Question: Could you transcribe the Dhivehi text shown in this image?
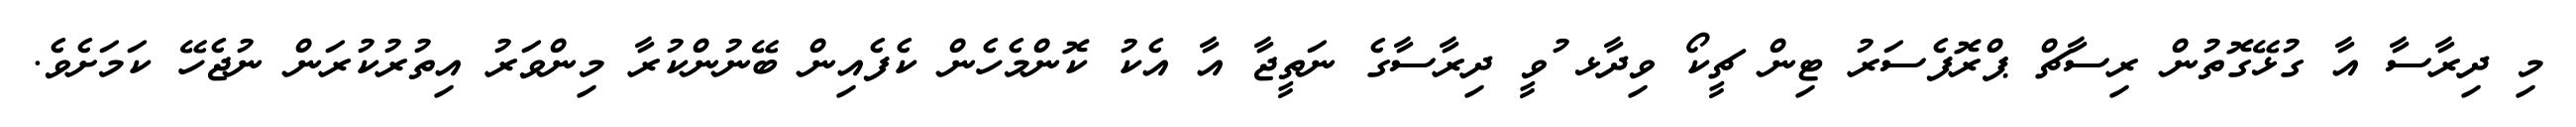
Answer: މި ދިރާސާ އާ ގުޅޭގޮތުން ރިސާޗް ޕްރޮފެސަރު ޓިން ޗީކޯ ވިދާޅ ުވީ ދިރާސާގެ ނަތީޖާ އާ އެކު ކޮންމެހެން ކެފެއިން ބޭނުންކުރާ މިންވަރު އިތުރުކުރަން ނުޖެހޭ ކަމަށެވެ.